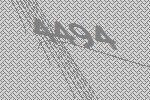
4494